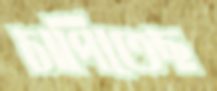
চাপিতেছ